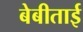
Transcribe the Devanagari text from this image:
बेबीताई